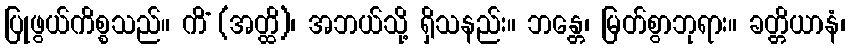
ပြုဖွယ်ကိစ္စသည်။ ကိံ (အတ္ထိ)၊ အဘယ်သို့ ရှိသနည်း။ ဘန္တေ၊ မြတ်စွာဘုရား။ ခတ္တိယာနံ၊